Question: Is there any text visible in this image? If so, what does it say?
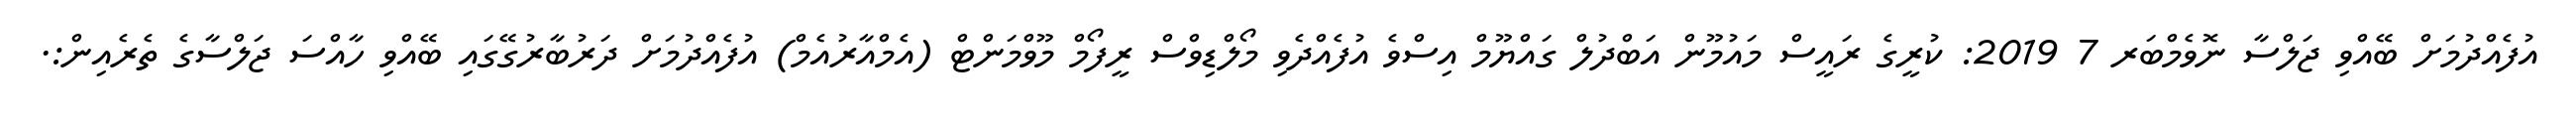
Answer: އުފެއްދުމަށް ބޭއްވި ޖަލްސާ ނޮވެމްބަރ 7 2019: ކުރީގެ ރައީސް މައުމޫން އަބްދުލް ގައްޔޫމް އިސްވެ އުފެއްދެވި މޯލްޑިވްސް ރީފޯމް މޫވްމަންޓް (އެމްއާރުއެމް) އުފެއްދުމަށް ދަރުބާރުގޭގައި ބޭއްވި ހާއްސަ ޖަލްސާގެ ތެރެއިން:.